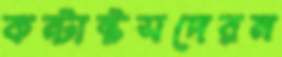
কন্টাক্টসদেরন